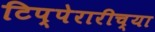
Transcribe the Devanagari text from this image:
टिप्पेरारीच्या